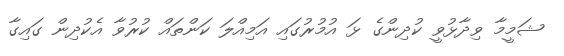
ޝަމީމާ ވިދާޅުވީ ކުދިންގެ ޅަ އުމުރުގައި އަމިއްލަ ކަންތައް ކުރުވާ އެކުދިން ގައިގާ